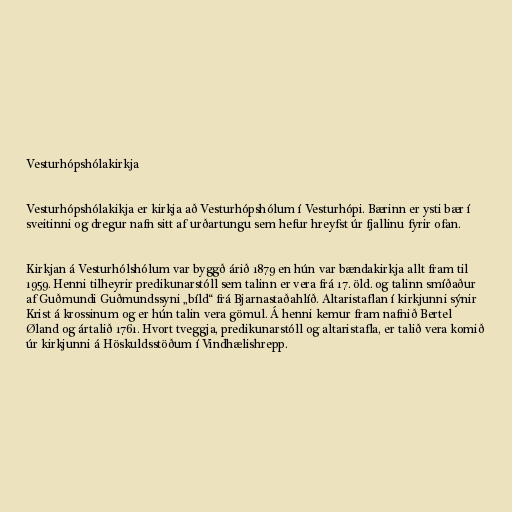
Vesturhópshólakirkja

Vesturhópshólakikja er kirkja að Vesturhópshólum í Vesturhópi. Bærinn er ysti bær í
sveitinni og dregur nafn sitt af urðartungu sem hefur hreyfst úr fjallinu fyrir ofan.

Kirkjan á Vesturhólshólum var byggð árið 1879 en hún var bændakirkja allt fram til
1959. Henni tilheyrir predikunarstóll sem talinn er vera frá 17. öld. og talinn smíðaður
af Guðmundi Guðmundssyni „bíld“ frá Bjarnastaðahlíð. Altaristaflan í kirkjunni sýnir
Krist á krossinum og er hún talin vera gömul. Á henni kemur fram nafnið Bertel
Øland og ártalið 1761. Hvort tveggja, predikunarstóll og altaristafla, er talið vera komið
úr kirkjunni á Höskuldsstöðum í Vindhælishrepp.